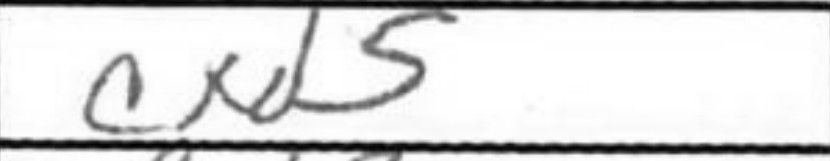
Transcription: cxd5